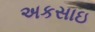
અકસાઇ